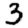
Digit: 3